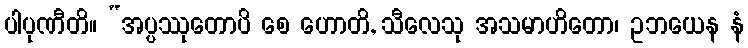
ပါပုဏီတိ။ “အပ္ပဿုတောပိ စေ ဟောတိ, သီလေသု အသမာဟိတော၊ ဥဘယေန နံ